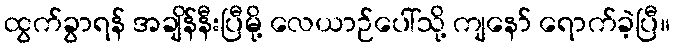
ထွက်ခွာရန် အချိန်နီးပြီမို့ လေယာဉ်ပေါ်သို့ ကျနော် ရောက်ခဲ့ပြီ။